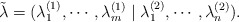
\begin{align*} \tilde \lambda=(\lambda^{(1)}_1, \cdots, \lambda^{(1)}_m\mid \lambda^{(2)}_1, \cdots, \lambda^{(2)}_n).\end{align*}